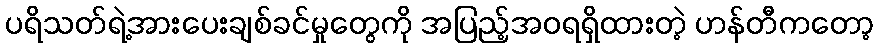
ပရိသတ်ရဲ့အားပေးချစ်ခင်မှုတွေကို အပြည့်အဝရရှိထားတဲ့ ဟန်တီကတော့